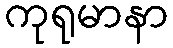
ကုရုမာနာ